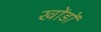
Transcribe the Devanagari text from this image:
खोंडों